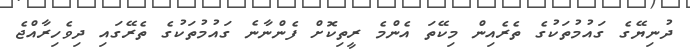
ދުނިޔޭގެ ގައުމުތަކުގެ ތެރެއިން މިކޭތަ އެންމެ ރީތިކޮށް ފެންނާނެ ގައުމުތަކުގެ ތެރޭގައި ދިވެހިރާއްޖެ